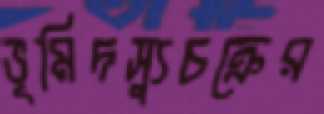
ভূমিদস্যুচক্রের